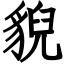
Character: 貎